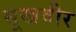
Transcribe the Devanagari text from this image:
सूखवीर